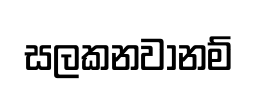
සලකනවානම්